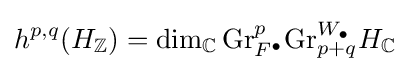
h^{p,q}(H_{\mathbb {Z} })=\dim _{\mathbb {C} }{\text{Gr}}_{F^{\bullet }}^{p}{\text{Gr}}_{p+q}^{W_{\bullet }}H_{\mathbb {C} }